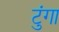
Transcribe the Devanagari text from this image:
टुंगा